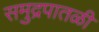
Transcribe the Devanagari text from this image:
समुद्रपातळी